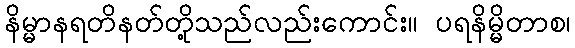
နိမ္မာနရတိနတ်တို့သည်လည်းကောင်း။ ပရနိမ္မိတာစ၊